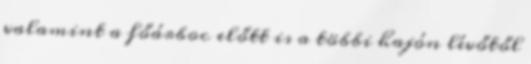
valamint a főárboc előtt is a többi hajón lévőtől